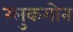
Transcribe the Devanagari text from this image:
ग्लुकगोन